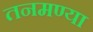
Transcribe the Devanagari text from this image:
तनमण्या